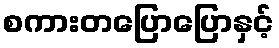
စကားတပြောပြောနှင့်